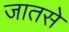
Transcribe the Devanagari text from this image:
जातसे